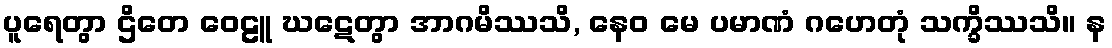
ပူရေတွာ ဌိတေ ဝေဠူ ဃဋေတွာ အာဂမိဿသိ, နေဝ မေ ပမာဏံ ဂဟေတုံ သက္ခိဿသိ။ န